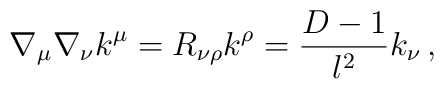
\nabla_{\mu}\nabla_{\nu}k^{\mu} = R_{\nu\rho}k^{\rho} =\frac{D-1}{l^2}k_{\nu}\,,